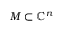
M \subset \mathbb { C } ^ { n }